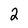
Character: 2